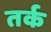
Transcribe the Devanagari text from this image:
तर्क